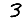
Digit: 3